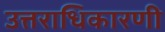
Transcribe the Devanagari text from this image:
उत्तराधिकारणी